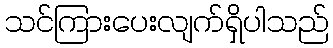
သင်ကြားပေးလျက်ရှိပါသည်